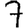
Digit: 7